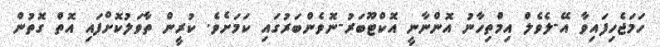
ހަމަޖެހިފައިވާ އޭ-ލެވެލް އިމްތިހާނު އޮންނާނީ އޮކްޓޫބަރު-ނޮވެންބަރުގައި ކަމަށެވެ. ކުރީން ތާވަލުކޮށްފައި އޮތް ގޮތުން